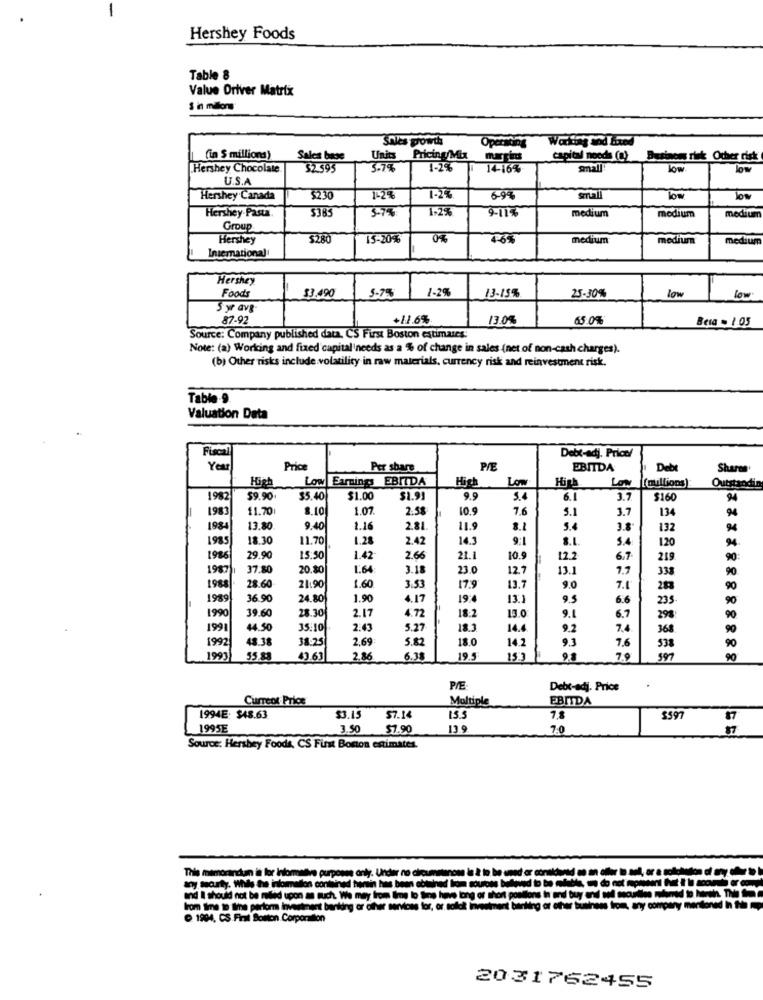
Hershey Foods
Table 8
Value Driver Matrix
Sales growth
Working and fixed
Operating
(in $ millions)
Sales base
Units
Pricing/Mix
capital needs (a)
Business risk: Other risk
Hershey Chocolate
32595
3.7%
1-2%
14-16%
low
low
U.S.A
Hershey Canada
5230
1-2%
6-9%
small
Hershey Pasta.
5-7%
1-29
9-11%
medium
medium
medium
Group
Hershey
$280
15-20%
0%
4.6%
medium
medium
medium
International
Hershey
Foods
5.7%
1-29
25-30%
low
$3.490
13-15%
low
87-92
+11.6%
13.0%
65.0%
Beia . 1.05
Source: Company published data. CS First Boston estimates:
Note: (a) Working and fixed capital needs as a % of change in sales (net of non-cash charges).
(b) Other risks include volatility in raw materials, currency risk and reinvestment risk.
Table-9
Valuation Data
Fiscal
Debt-adj. Price/
Year
Price
Per share
P/E
EBITDA
Deb
Shares
Low Earnings EBITDA
Hich
Low
High
Low
(millions)
Outstandir
1982
59.90
$5.40
$1.00
$1.9
9.9
5.4
6.1
3.7
$160
94
1983
11.70
8.10
1.07.
2.58
10.9
7.6
5.1
3.7
134
1984
13.80
9.40
1.16
2.81.
11.9
8.1
5.4
3.8
132
94
1985
18.30
11.70
1.28
2.42
14.3
9:
8.1
5.4
120
94
198
29.90
15:50
1.42
2.66
21.1
10.9
12.2
6.7
219
90
1987
37.80
20.80
1.64
3.18
23.0
12.7
13.1
7.7
333
90
1988
28.60
21.90
1.60
3.53
17.9
13.7
9.0
7.1
283
90
1989
36.90
24.80
1.90
4.17
19:4
13.1
9.5
6.6
235-
90
28.30
13.0
6.7
1990
39.60
2.17
4.72
18:2
9.1
298
90
1991
44.50
35.10
2.43
5.27
18.3
14.4
9.2
7.4
368
90
48.38
38:25
2.69
5.82
18.0
14.2
9.3
7.6
538
1992
90
1993
55.88
43.63
2.86
6.38
19.5
15:3
9.8
7.9
90
P/E
Debt-adj. Price
Current Price
Multiple
EBITDA
1994E: $48.63
$3.15
57.14
15.5
7.8
3597
1995E
3.50
$7.90
13.9
7:0
Source: Hershey Foods, CS First Boston estimates.
This memoranda is lor informative purposes only. Under no clip
any sorty. While the information contained terin has been eb
and I should not be mailed upon a such. We may tom Ime b
lom time to line perkomm investment banking or other servons
1904, CS.First Boston Corporation
2031762455